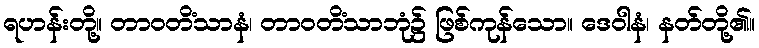
ရဟန်းတို့။ တာဝတိံသာနံ၊ တာဝတိံသာဘုံ၌ ဖြစ်ကုန်သော။ ဒေဝါနံ၊ နတ်တို့၏။